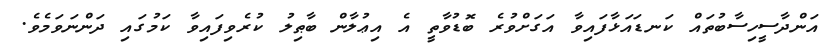
އަންދާސީހިސާބުތައް ކަނޑައަޅާފައިވާ އަގަށްވުރެ ބޮޑުވާތީ އެ އިޢުލާން ބާޠިލު ކުރެވިފައިވާ ކަމުގައި ދަންނަވަމެވެ.